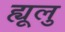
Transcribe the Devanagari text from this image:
ह्यूलु